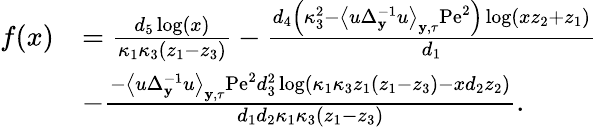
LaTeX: \begin{array}{rl}{f(x)}&{=\frac{d_{5}\log(x)}{\kappa_{1}\kappa_{3}\left(z_{1}-z_{3}\right)}-\frac{d_{4}\left(\kappa_{3}^{2}-\left\langle u\Delta_{\mathbf{y}}^{-1}u\right\rangle_{\mathbf{y},\tau}\mathrm{Pe}^{2}\right)\log\left(xz_{2}+z_{1}\right)}{d_{1}}}\\ &{-\frac{-\left\langle u\Delta_{\mathbf{y}}^{-1}u\right\rangle_{\mathbf{y},\tau}\mathrm{Pe}^{2}d_{3}^{2}\log\left(\kappa_{1}\kappa_{3}z_{1}\left(z_{1}-z_{3}\right)-xd_{2}z_{2}\right)}{d_{1}d_{2}\kappa_{1}\kappa_{3}\left(z_{1}-z_{3}\right)}.}\end{array}